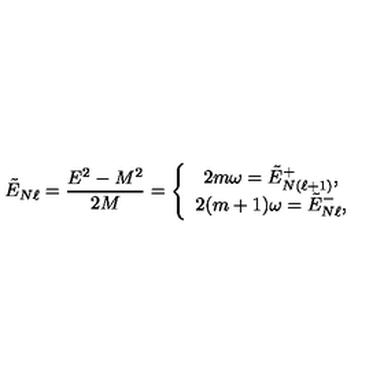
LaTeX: \tilde { E } _ { N \ell } = { \frac { E ^ { 2 } - M ^ { 2 } } { 2 M } } = \left\{ \begin{array} { c } { 2 m \omega = \tilde { E } _ { N ( \ell + 1 ) } ^ { + } , } \\ { 2 ( m + 1 ) \omega = \tilde { E } _ { N \ell } ^ { - } , } \\ \end{array} \right.